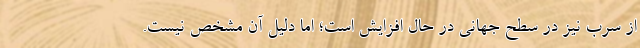
از سرب نیز در سطح جهانی در حال افزایش است؛ اما دلیل آن مشخص نیست.